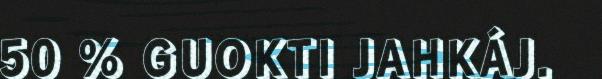
50 % GUOKTI JAHKÁJ.